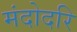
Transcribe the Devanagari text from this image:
मंदोदरि